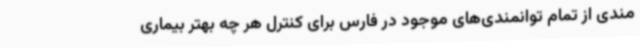
مندی از تمام توانمندی‌های موجود در فارس برای کنترل هر چه بهتر بیماری